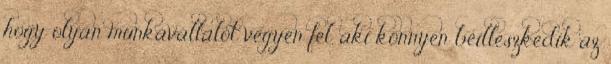
hogy olyan munkavállalót vegyen fel, aki könnyen beilleszkedik az